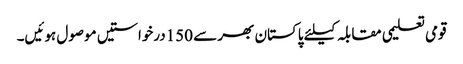
قومی تعلیمی مقابلہ کیلئے پاکستان بھر سے 150درخواستیں موصول ہوئیں۔